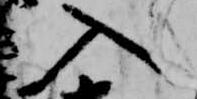
入